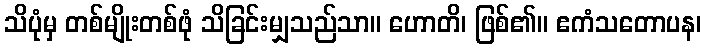
သိပုံမှ တစ်မျိုးတစ်ဖုံ သိခြင်းမျှသည်သာ။ ဟောတိ၊ ဖြစ်၏။ ဧကံသတောပန၊